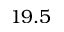
1 9 . 5